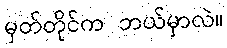
မှတ်တိုင်က ဘယ်မှာလဲ။